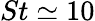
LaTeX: St\simeq 10